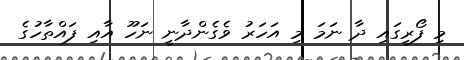
މި ފޯރީގައި ދާ ނަމަ މި އަހަރު ވެގެންދާނީ ނަހޫ އާއި ފައްތާހުގެ